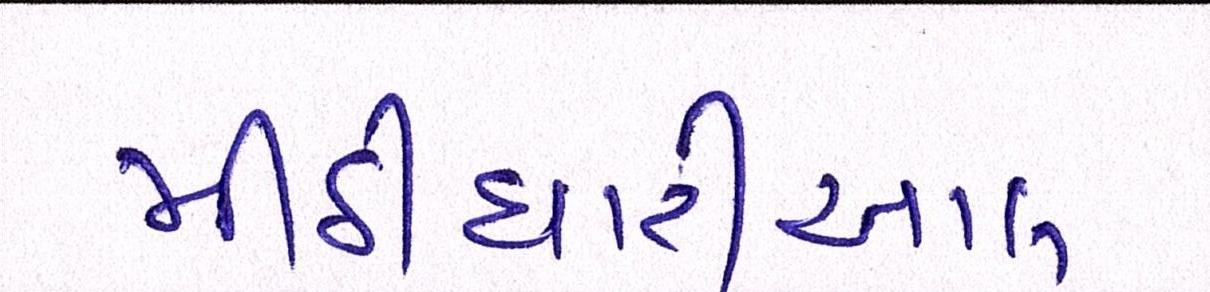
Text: મીઠીઘારીઆલ